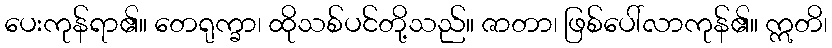
ပေးကုန်ရာ၏။ တေရုက္ခာ၊ ထိုသစ်ပင်တို့သည်။ ဇာတာ၊ ဖြစ်ပေါ်လာကုန်၏။ ဣတိ၊